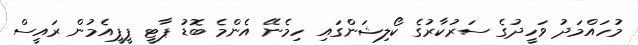
މުހައްމަދު ވަހީދުގެ ސަރުކާރުގެ ކޯލިޝަންގައި ހިމެނޭ އެންމެ ބޮޑު ޕާޓީ ޕީޕީއެމުން ރައީސް